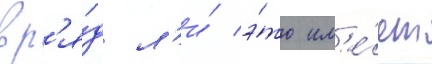
вр'я́д л'и́ э́то им'е́ет